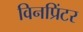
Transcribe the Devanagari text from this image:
विनप्रिंटर